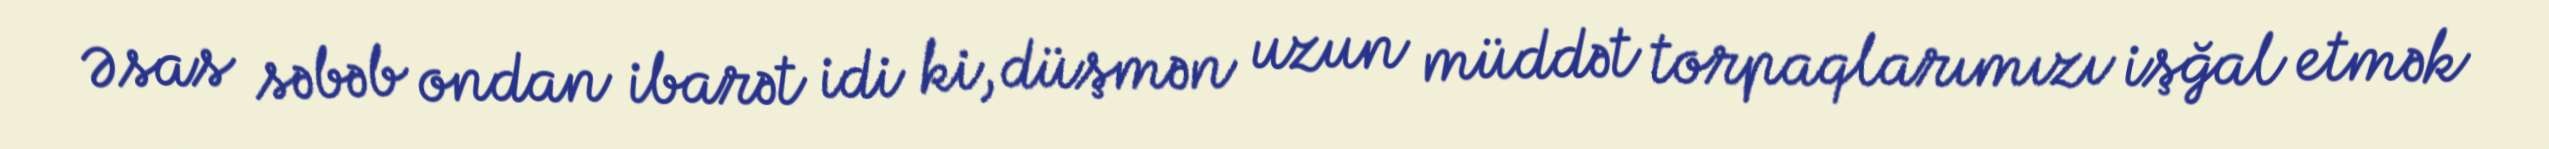
Əsas səbəb ondan ibarət idi ki, düşmən uzun müddət torpaqlarımızı işğal etmək